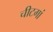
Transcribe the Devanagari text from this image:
चीटगां